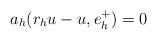
LaTeX: \begin{align*}a_h(r_h u - u, e_h^+) = 0\end{align*}